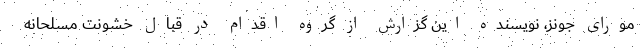
مورای جونز، نویسنده این گزارش از گروه اقدام در قبال خشونت مسلحانه